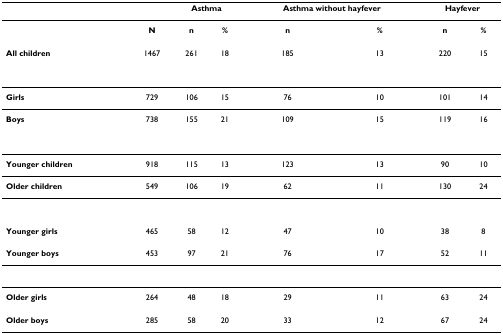
<table><thead><tr><td></td><td></td><td colspan="2"><b>Asthma</b></td><td colspan="2"><b>Asthma without hayfever</b></td><td colspan="2"><b>Hayfever</b></td></tr></thead><tbody><tr><td></td><td><b>N</b></td><td><b>n</b></td><td><b>%</b></td><td><b>n</b></td><td><b>%</b></td><td><b>n</b></td><td><b>%</b></td></tr><tr><td><b>All children</b></td><td>1467</td><td>261</td><td>18</td><td>185</td><td>13</td><td>220</td><td>15</td></tr><tr><td><b>Girls</b></td><td>729</td><td>106</td><td>15</td><td>76</td><td>10</td><td>101</td><td>14</td></tr><tr><td><b>Boys</b></td><td>738</td><td>155</td><td>21</td><td>109</td><td>15</td><td>119</td><td>16</td></tr><tr><td><b>Younger children</b></td><td>918</td><td>115</td><td>13</td><td>123</td><td>13</td><td>90</td><td>10</td></tr><tr><td><b>Older children</b></td><td>549</td><td>106</td><td>19</td><td>62</td><td>11</td><td>130</td><td>24</td></tr><tr><td><b>Younger girls</b></td><td>465</td><td>58</td><td>12</td><td>47</td><td>10</td><td>38</td><td>8</td></tr><tr><td><b>Younger boys</b></td><td>453</td><td>97</td><td>21</td><td>76</td><td>17</td><td>52</td><td>11</td></tr><tr><td><b>Older girls</b></td><td>264</td><td>48</td><td>18</td><td>29</td><td>11</td><td>63</td><td>24</td></tr><tr><td><b>Older boys</b></td><td>285</td><td>58</td><td>20</td><td>33</td><td>12</td><td>67</td><td>24</td></tr></tbody></table>